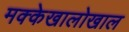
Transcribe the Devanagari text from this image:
मक्केखालोखाल